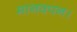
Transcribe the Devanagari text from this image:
मानवपन।